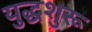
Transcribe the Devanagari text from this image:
युद्धशुरू